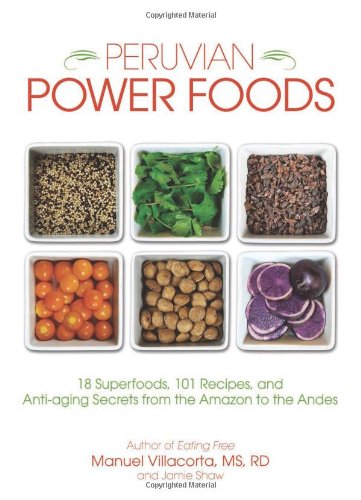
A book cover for Peruvian Power Foods: 18 Superfoods, 101 Recipes, and Anti-aging Secrets from the Amazon to the Andes; Manuel Villacorta  MS  RD; Cookbooks, Food & Wine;